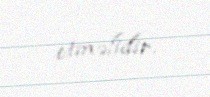
etməlidir.